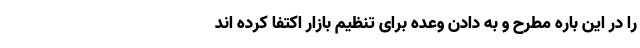
را در این باره مطرح و به دادن وعده برای تنظیم بازار اکتفا کرده اند